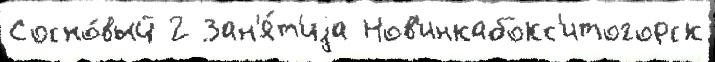
Сосно́вый 2 Зан'я́т'иjа Нов'инкабокс'итогорск